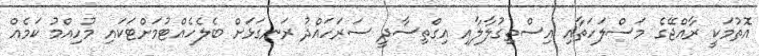
އޮތުމަކީ ރާއްޖޭގެ މަސްލަހަތާއި އިސްތިގުލާލާއި އިގްތިސާދީ ސަރަހައްދު ރަނގަޅަށް ބެލެހެއްޓުމަށްޓަކައި މުހިއްމު ކަމެއް